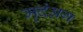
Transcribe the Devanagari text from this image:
मृदंअग